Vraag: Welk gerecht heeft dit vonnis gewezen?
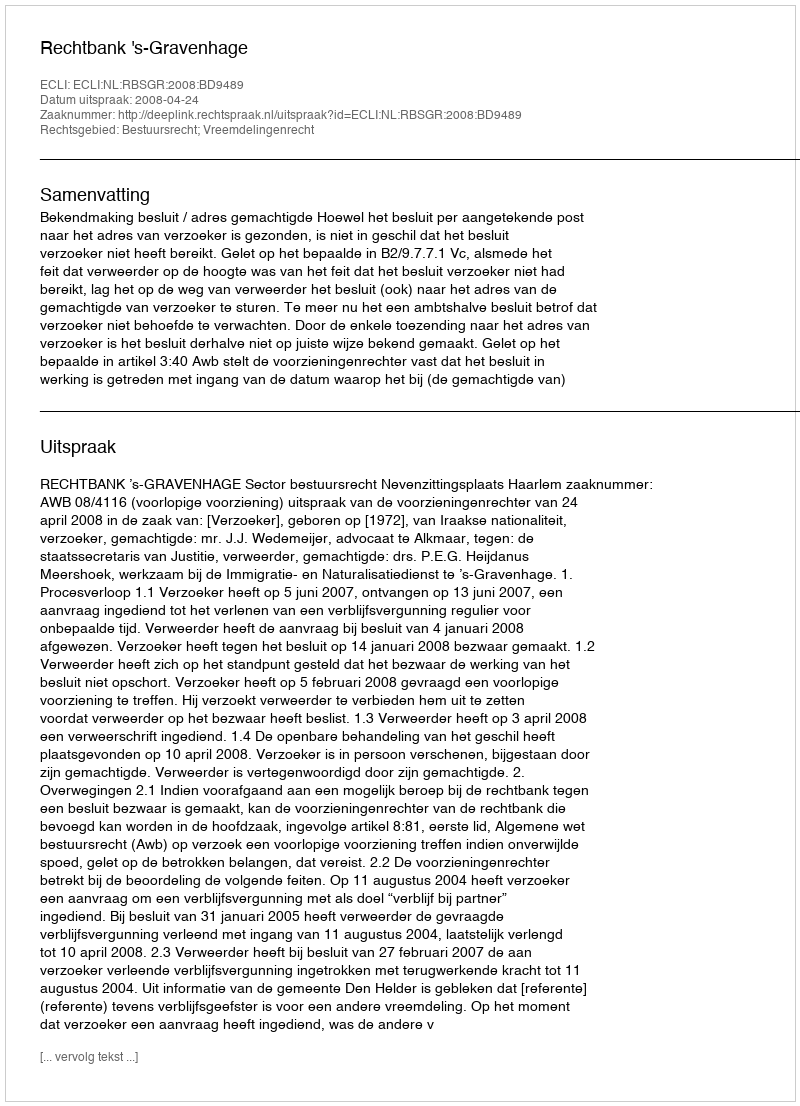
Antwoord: Rechtbank 's-Gravenhage